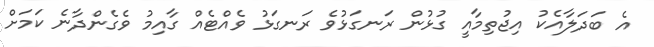
އެ ބަދަލާއެކު އިޖުތިމާއީ ގުޅުން ރަނގަޅުވެ ރަނގަޅު ވެއްޓެއް ގާއިމު ވެގެންދާނެ ކަމަށް